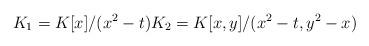
LaTeX: \begin{align*} K_1=K[x]/(x^2-t) K_2=K[x,y]/(x^2-t,y^2-x) \end{align*}